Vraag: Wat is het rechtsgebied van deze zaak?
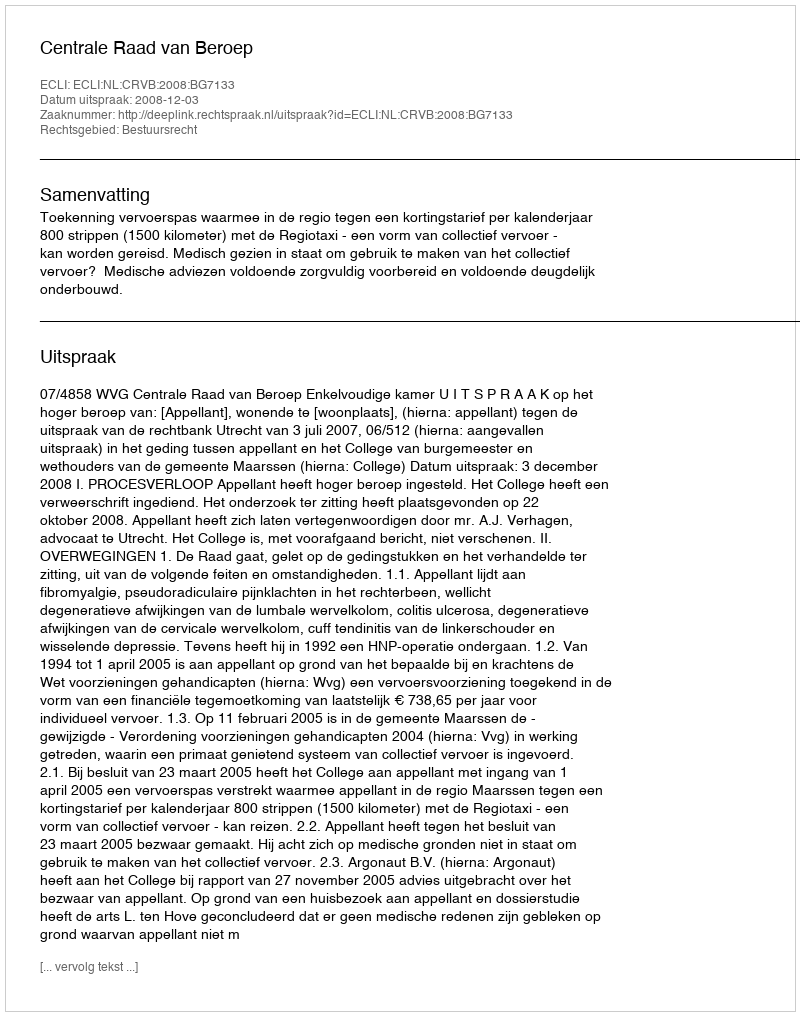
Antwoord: Bestuursrecht